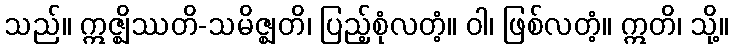
သည်။ ဣဇ္ဈိဿတိ-သမိဇ္ဈတိ၊ ပြည့်စုံလတံ့။ ဝါ၊ ဖြစ်လတံ့။ ဣတိ၊ သို့။